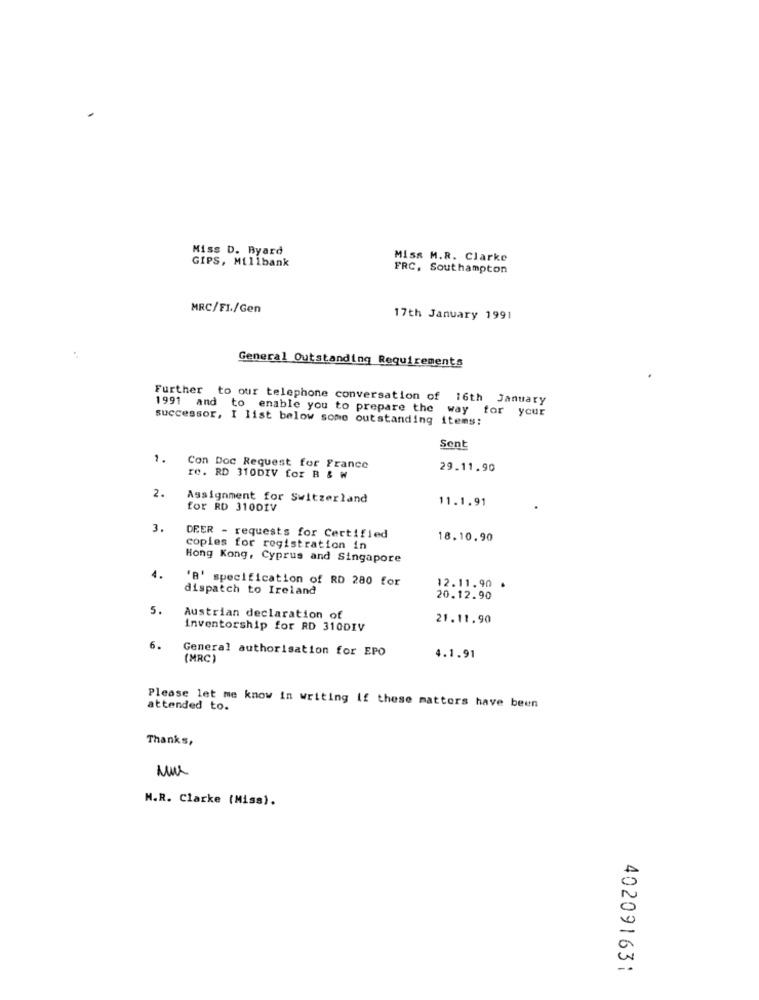
Miss D. Byard
GIPS, Milibank
Miss M.R. Clarke
FRC, Southampton
MRC/FI./Gen
17th January 1991
General Outstanding Requirements
Further to our telephone conversation of 16th January
1991 and to enable you to prepare the way
for your
successor, I list below some outstanding items:
Sent
1.
Con Doc Request for France
29.11.90
re. RD 310DIV for B & W
2.
Assignment for Switzerland
11.1.91
for RD 3100IV
3.
DEER - requests for Certified
18.10.90
copies for registration in
Hong Kong, Cyprus and Singapore
4.
'B' specification of RD 280 for
dispatch to Ireland
12.11.90 .
20.12.90
5.
Austrian declaration of
21.11.90
inventorship for RD 310DIV
6.
General authorisation for EPO
(MRC)
4.1.91
attended to.
Please let me know in writing if these matters have been
Thanks,
M.R. Clarke (Miss).
402091631